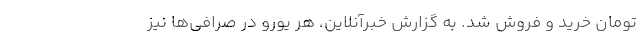
تومان خرید و فروش شد. به گزارش خبرآنلاین، هر یورو در صرافی‌ها نیز